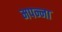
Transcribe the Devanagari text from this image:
मपन्ना